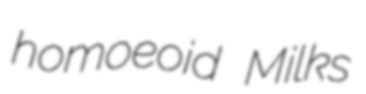
homoeoid Milks